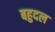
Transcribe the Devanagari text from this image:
बहुदल